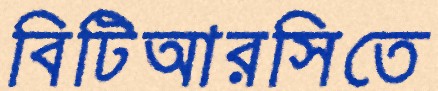
বিটিআরসিতে